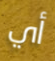
أي